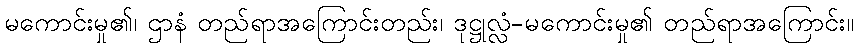
မကောင်းမှု၏၊ ဌာနံ တည်ရာအကြောင်းတည်း၊ ဒုဋ္ဌုလ္လံ-မကောင်းမှု၏ တည်ရာအကြောင်း။